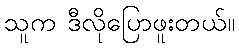
သူက ဒီလိုပြောဖူးတယ်။